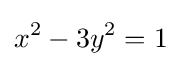
x^{2}-3y^{2}=1